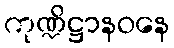
ကုဏ္ဍိဋ္ဌာနဝနေ